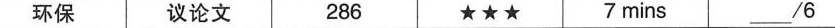
环保 议论文 286 ★★★ 7 mins __/6